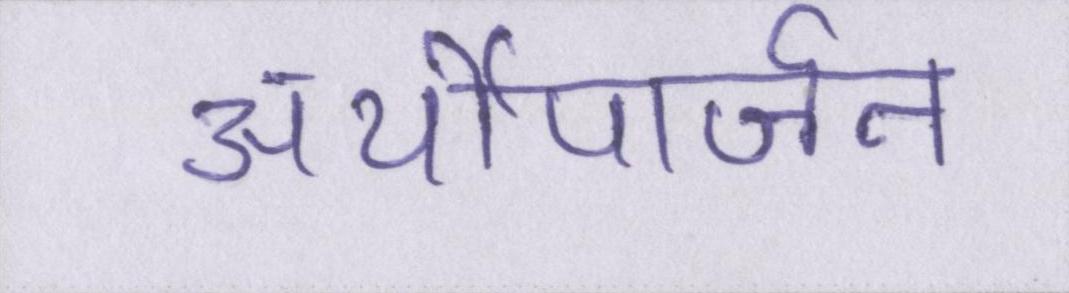
अर्थोपार्जन